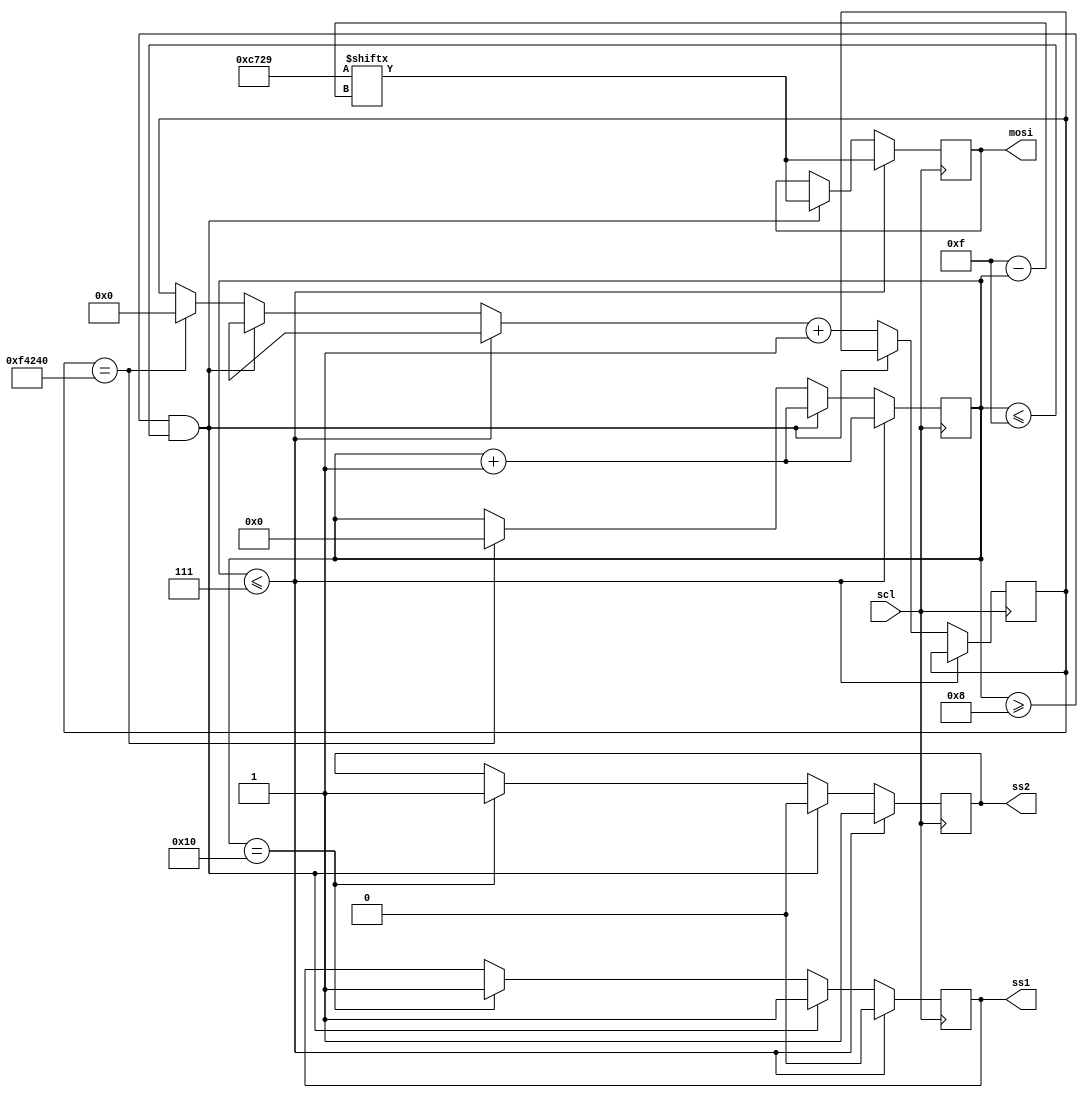
//Program for blinking LED
module example(input wire scl, output reg[0:0] mosi, output reg ss1, output reg ss2);

reg[20:0] delay;
reg[27:0] counter=28'd0;
parameter DIVISOR = 28'd50;
reg[0:15] xx = 16'b1100011100101001;
//reg[0:7] xx1 = 8'b10101010;
reg[4:0] A ;
reg[3:0] B;
reg[1:0] flag;



initial begin
A = 0;
ss1 = 1;
ss2 = 1; 
delay=0;
flag = 0;
B = 0;
end

//assign scl = (counter<DIVISOR/2)?1'b0:1'b1;
//if(delay==21'b111101000010010000000) delay=22'b0;
//if(delay==21'b0) begin
always@(posedge scl) begin
	if(A<=7) begin 
		if(ss1!=0)ss1 = 0;
		if(ss2!=1)ss2 = 1;
		mosi = xx[A];
		A = A + 1;
	end
	else if(A>=8 && A<=15) begin
		if(ss1!=1) ss1 = 1;
		if(ss2!=0) ss2 = 0;
		mosi = xx[A];
		A = A + 1;
	end
	else begin
		if(A==16) begin 
		ss1 = 1;
		ss2 = 1;
		//flag = 1;
		end
		//if(B==8) ss2 = 1;
		if(delay == 21'b011110100001001000000) begin 
			//if(ss1==1) begin
			A = 0;
			//flag = 0;
			//end
			//else if(B==8 && ss2==1)
			//A = 0;
			delay = 0;
			//flag = 1;
		end
		delay = delay + 1;
	end
	
	
end

endmodule